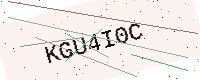
Text: KGU4I0C